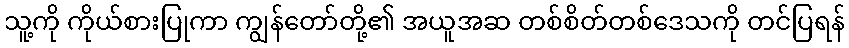
သူ့ကို ကိုယ်စားပြုကာ ကျွန်တော်တို့၏ အယူအဆ တစ်စိတ်တစ်ဒေသကို တင်ပြရန်